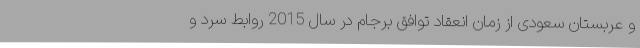
و عربستان سعودی از زمان انعقاد توافق برجام در سال 2015 روابط سرد و